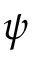
\psi